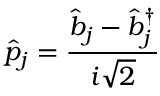
\hat { p } _ { j } = \frac { \hat { b } _ { j } - \hat { b } _ { j } ^ { \dagger } } { i \sqrt { 2 } }